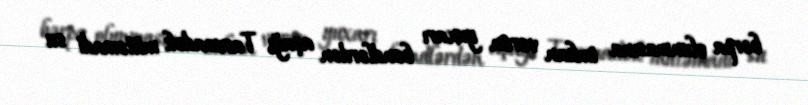
bərpa olunmasına imkan verən yuxarı bəndlərdən aşağı Tarımadək mütəmadi su